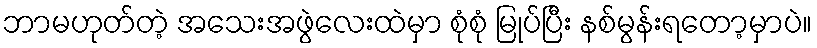
ဘာမဟုတ်တဲ့ အသေးအဖွဲလေးထဲမှာ စုံစုံ မြုပ်ပြီး နစ်မွန်းရတော့မှာပဲ။